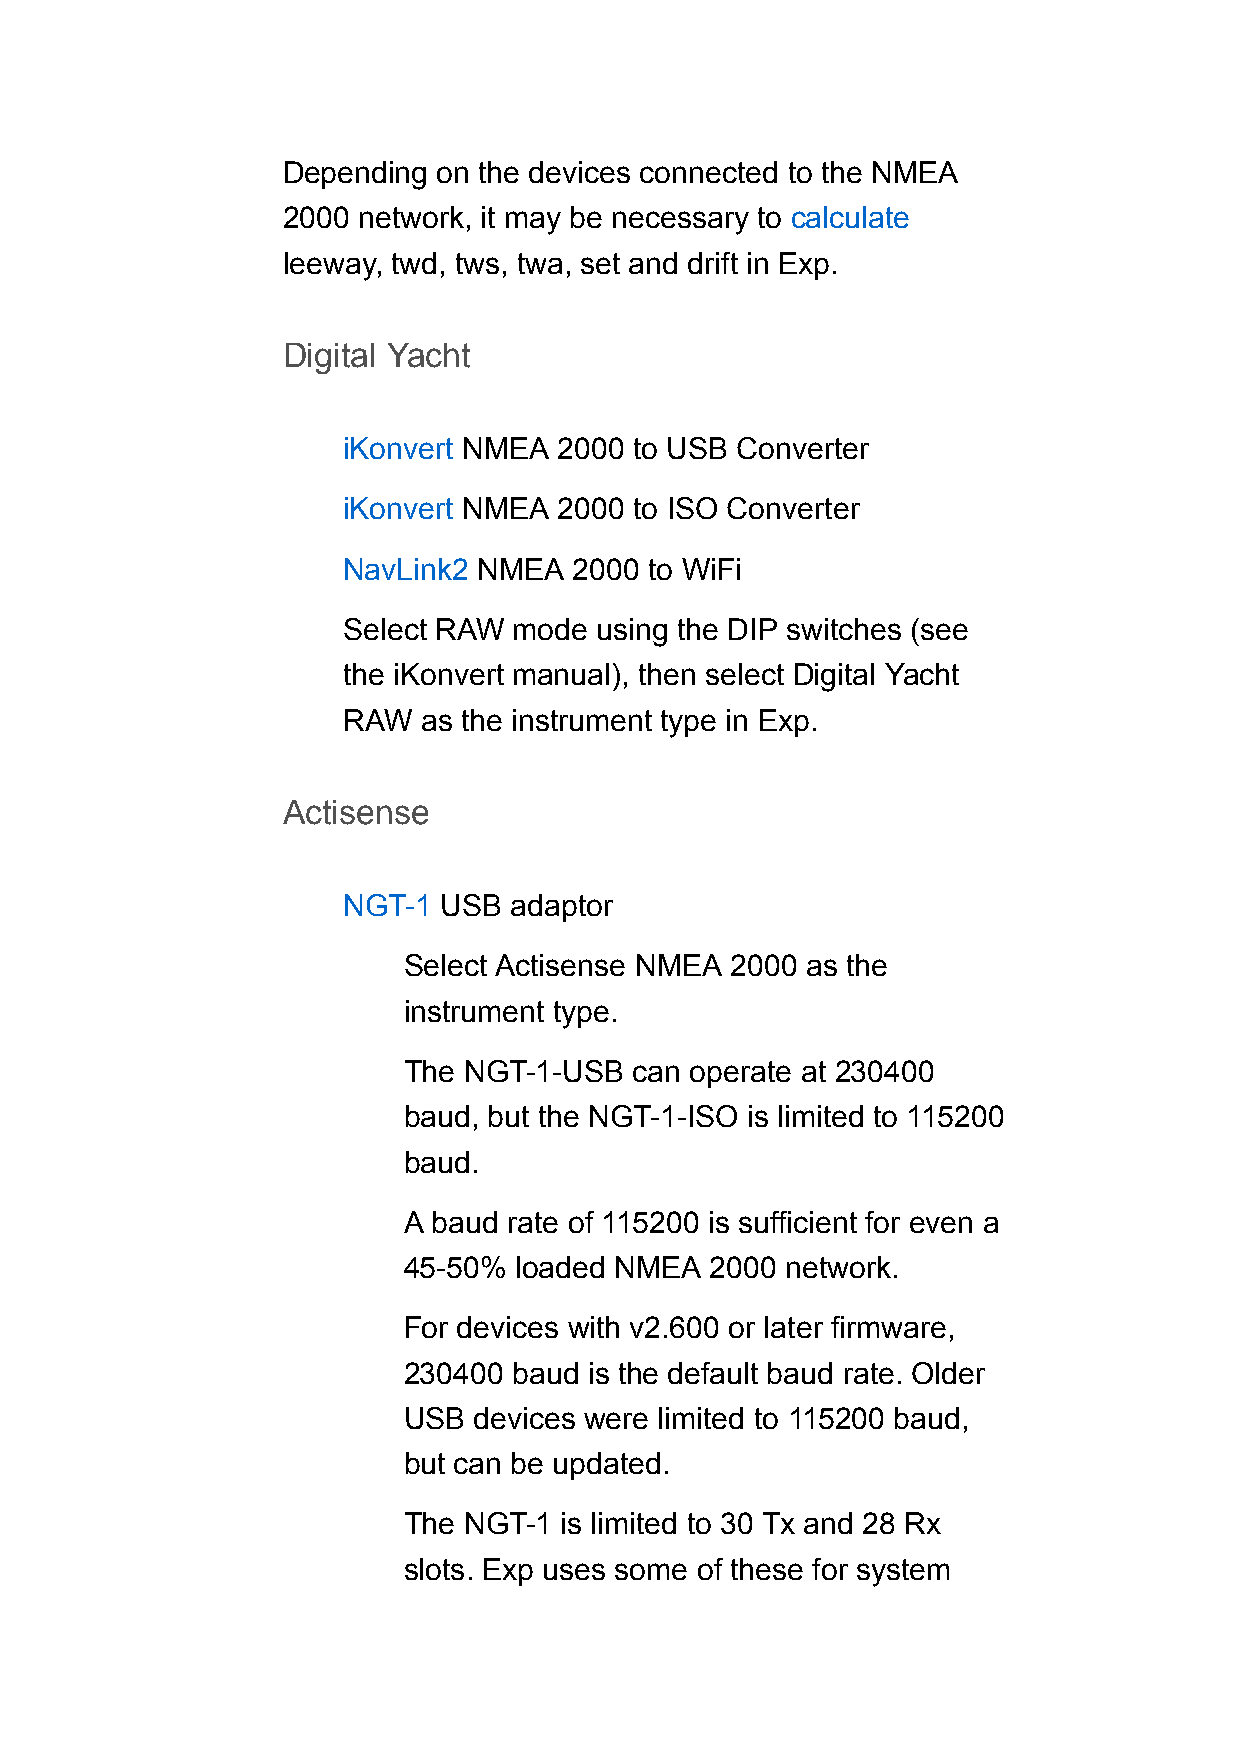
Depending on the devices connected to the NMEA
 2000 network, it may be necessary to calculate
 leeway, twd, tws, twa, set and drift in Exp.
 Digital Yacht
 iKonvert NMEA 2000 to USB Converter
 iKonvert NMEA 2000 to ISO Converter
 NavLink2 NMEA  2000 to WiFi
 Select RAW mode  using the DIP switches (see
 the iKonvert manual), then select Digital Yacht
 RAW  as the instrument type in Exp.
 Actisense
 NGT-1 USB  adaptor
 Select Actisense NMEA 2000 as the
 instrument type.
 The NGT-1-USB  can operate at 230400
 baud, but the NGT-1-ISO is limited to 115200
 baud.
 A baud rate of 115200 is sufficient for even a
 45-50% loaded NMEA  2000 network.
 For devices with v2.600 or later firmware,
 230400 baud is the default baud rate. Older
 USB devices were limited to 115200 baud,
 but can be updated.
 The NGT-1 is limited to 30 Tx and 28 Rx
 slots. Exp uses some of these for system